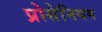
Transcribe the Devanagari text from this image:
प्रोसेनियम